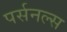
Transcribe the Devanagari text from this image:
पर्सनल्स